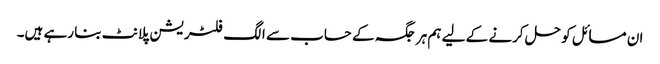
ان مسائل کو حل کرنے کے لیے ہم ہر جگہ کے حساب سے الگ فلٹریشن پلانٹ بنا رہے ہیں۔